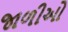
જાળીઓ